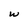
Character: W